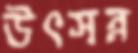
উৎসন্ন